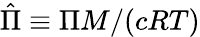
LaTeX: \hat{\Pi}\equiv\Pi M/(cRT)